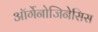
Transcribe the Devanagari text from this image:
ऑर्गेनोजिनेसिस